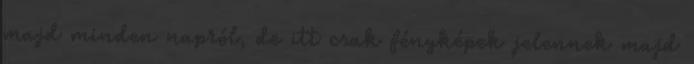
majd minden napról, de itt csak fényképek jelennek majd